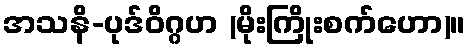
အသနိ-ပုဒ်ဝိဂ္ဂဟ (မိုးကြိုးစက်ဟော)။